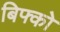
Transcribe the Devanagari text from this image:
बिफ्को